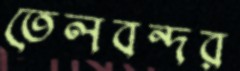
তেলবন্দর